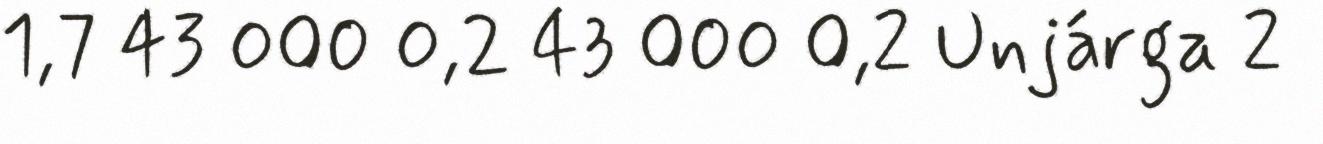
1,7 43 000 0,2 43 000 0,2 Unjárga 2